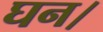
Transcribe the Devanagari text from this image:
घन।